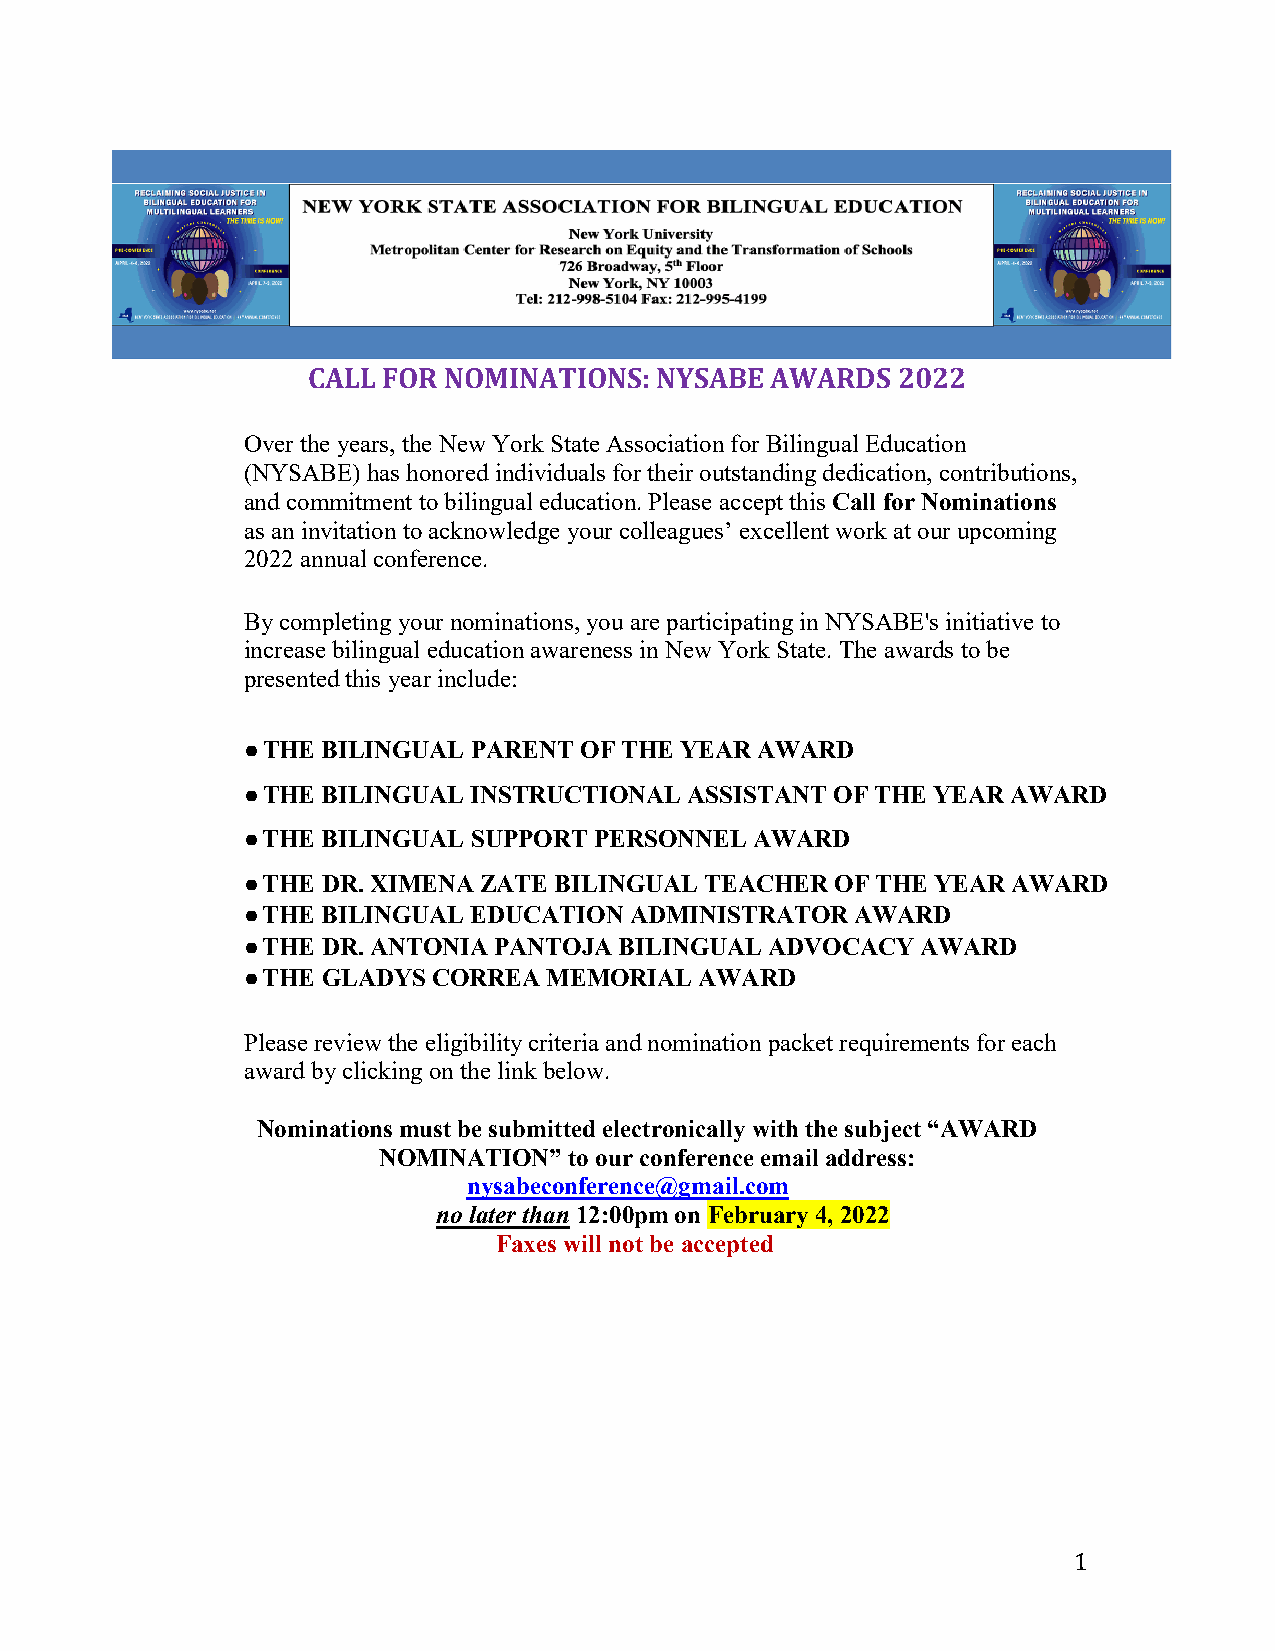
CALL FOR NOMINATIONS:  NYSABE  AWARDS  2022
 Over the years, the New York State Association for Bilingual Education
 (NYSABE) has honored individuals for their outstanding dedication, contributions,
 and commitment to bilingual education. Please accept this Call for Nominations
 as an invitation to acknowledge your colleagues’ excellent work at our upcoming
 2022 annual conference.
 By completing your nominations, you are participating in NYSABE's initiative to
 increase bilingual education awareness in New York State. The awards to be
 presented this year include:
 ● THE BILINGUAL PARENT OF THE YEAR AWARD
 ● THE BILINGUAL INSTRUCTIONAL ASSISTANT OF THE YEAR AWARD
 ● THE BILINGUAL SUPPORT PERSONNEL AWARD
 ● THE DR. XIMENA ZATE BILINGUAL TEACHER OF THE YEAR AWARD
 ● THE BILINGUAL EDUCATION ADMINISTRATOR  AWARD
 ● THE DR. ANTONIA PANTOJA BILINGUAL ADVOCACY AWARD
 ● THE GLADYS CORREA MEMORIAL  AWARD
 Please review the eligibility criteria and nomination packet requirements for each
 award by clicking on the link below.
 Nominations must be submitted electronically with the subject “AWARD
 NOMINATION”  to our conference email address:
 nysabeconference@gmail.com
 no later than 12:00pm on February 4, 2022
 Faxes will not be accepted
 1